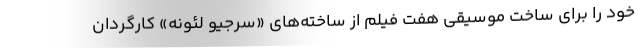
خود را برای ساخت موسیقی هفت فیلم از ساخته‌های «سرجیو لئونه» کارگردان